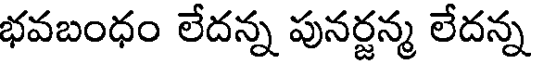
భవబంధం లేదన్న పునర్జన్మ లేదన్న